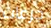
جرعات